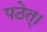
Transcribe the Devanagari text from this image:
पठेत्‌।